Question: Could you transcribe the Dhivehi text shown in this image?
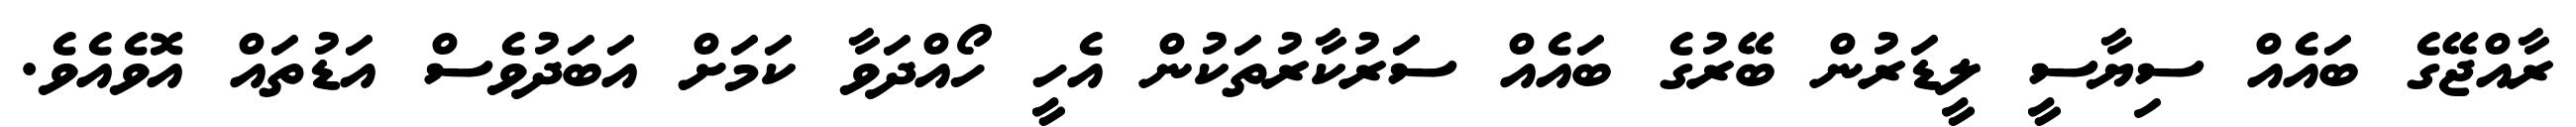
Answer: ރާއްޖޭގެ ބައެއް ސިޔާސީ ލީޑަރުން ބޭރުގެ ބައެއް ސަރުކާރުތަކުން އެހީ ހޯއްދަވާ ކަމަށް އަބަދުވެސް އަޑުތައް އޮވެއެވެ.